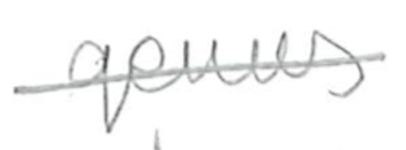
Text: genus
Cross-out: single-line
Writing tool: pencil